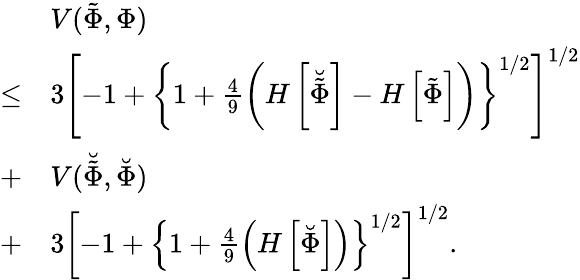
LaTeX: \begin{array}{rl}&{V(\tilde{\Phi},\Phi)}\\ {\leq}&{3\left[-1+\left\{ 1+\frac{4}{9}\left(H\left[\breve{\tilde{\Phi}}\right]-H\left[\tilde{\Phi}\right]\right)\right\} ^{1/2}\right]^{1/2}}\\ {+}&{V(\breve{\tilde{\Phi}},\breve{\Phi})}\\ {+}&{3\left[-1+\left\{ 1+\frac{4}{9}\left(H\left[\breve{\Phi}\right]\right)\right\} ^{1/2}\right]^{1/2}.}\end{array}